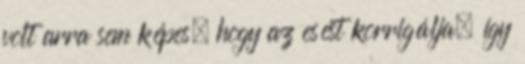
volt arra sem képes, hogy az esést korrigálja, így